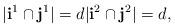
LaTeX: \begin{align*} |{\bf i}^1 \cap {\bf j}^1 | = d |{\bf i}^2 \cap {\bf j}^2 | = d,\end{align*}